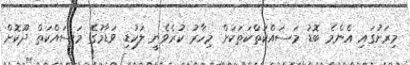
މިރަށުގައި އެންމެ ބޮޑު މަސައްކަތްކަތަކަށް މިހާރު ކުރެވެނީ ލަކުޑި ވަޑާމުގެ މަސައްކަތް ދޫކޮށް